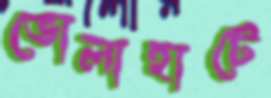
ভোলাহাটে